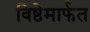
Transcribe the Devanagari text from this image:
विष्ठेमार्फत